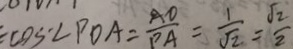
\cos \cdot \angle P O A = \frac { A O } { P A } = \frac { 1 } { \sqrt { 2 } } = \frac { \sqrt { 2 } } { 2 }